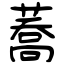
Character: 蕎